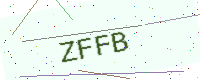
Text: ZFFB